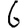
Digit: 6